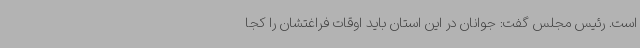
است. رئیس مجلس گفت: جوانان در این استان باید اوقات فراغتشان را کجا